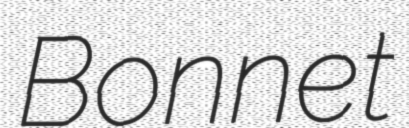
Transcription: Bonnet